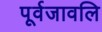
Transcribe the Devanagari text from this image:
पूर्वजावलि